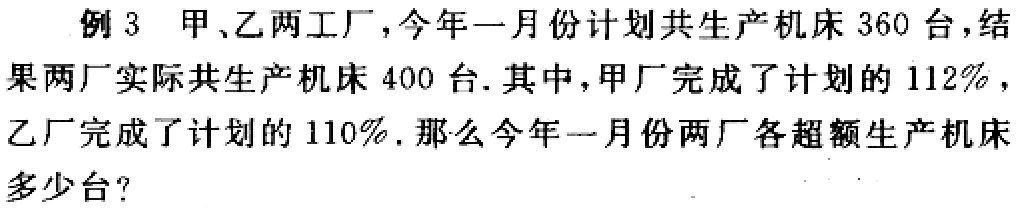
例3 甲、乙两工厂，今年一月份计划共生产机床360台，结果两厂实际共生产机床400台. 其中，甲厂完成了计划的112%，乙厂完成了计划的110%. 那么今年一月份两厂各超额生产机床多少台？